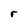
Character: r